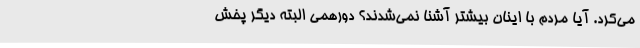
می‌کرد. آیا مردم با اینان بیشتر آشنا نمی‌شدند؟ دورهمی البته دیگر پخش